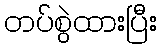
တပ်စွဲထားပြီး